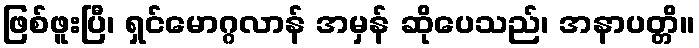
ဖြစ်ဖူးပြီ၊ ရှင်မောဂ္ဂလာန် အမှန် ဆိုပေသည်၊ အနာပတ္တိ။